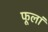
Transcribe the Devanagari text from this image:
फूलां